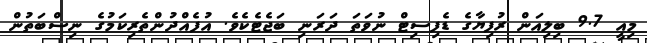
މިއީ 9.7 ބިލިއަން ރުފިޔާގެ ޑެފިސިޓް ނުވަތަ ދަރަނި ބަޖެޓެކެވެ. އުފެއްދުންތެރިކަމުގެ ނިސްބަތުން